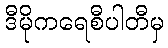
ဒီမိုကရေစီပါတီမှ